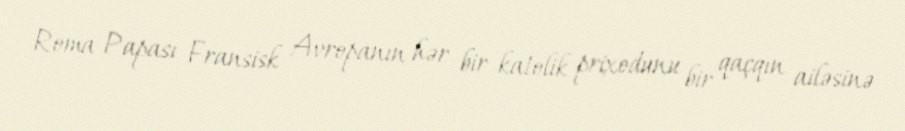
Roma Papası Fransisk Avropanın hər bir katolik prixodunu bir qaçqın ailəsinə